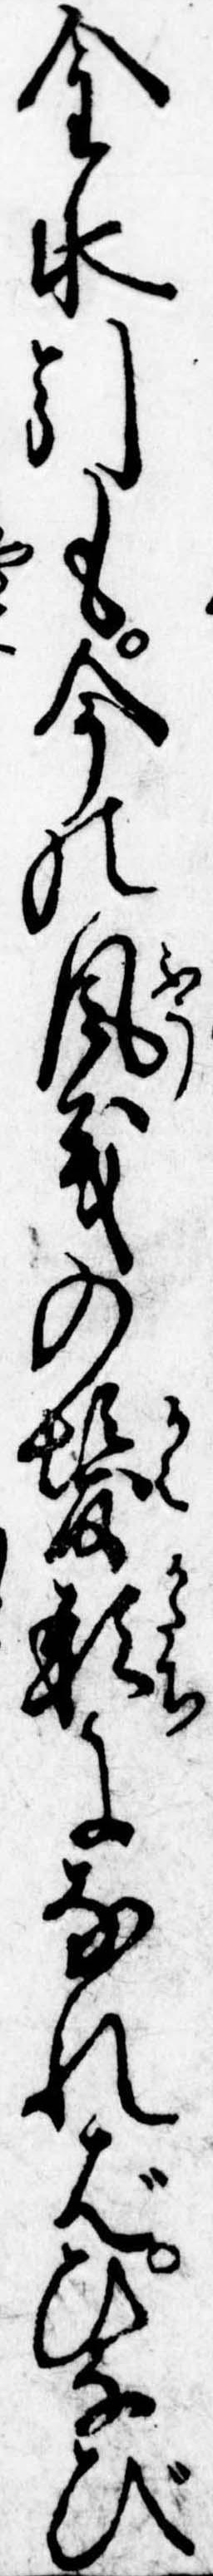
金水引も今の風義の髪形になればひなび